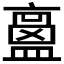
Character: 𥂶